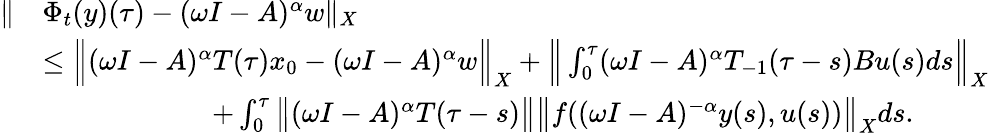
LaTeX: \begin{array}{rl}{\| }&{\Phi_{t}(y)(\tau)-(\omega I-A)^{\alpha}w\| _{X}}\\ &{\leq\Big\| (\omega I-A)^{\alpha}T(\tau)x_{0}-(\omega I-A)^{\alpha}w\Big\| _{X}+\Big\| \int_{0}^{\tau}(\omega I-A)^{\alpha}T_{-1}(\tau-s)Bu(s)ds\Big\| _{X}}\\ &{\qquad\qquad\qquad+\int_{0}^{\tau}\big\| (\omega I-A)^{\alpha}T(\tau-s)\big\| \big\| f((\omega I-A)^{-\alpha}y(s),u(s))\big\| _{X}ds.}\end{array}